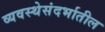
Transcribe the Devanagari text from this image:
व्यवस्थेसंदर्भातील